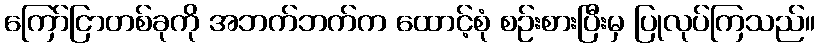
ကြော်ငြာတစ်ခုကို အဘက်ဘက်က ထောင့်စုံ စဉ်းစားပြီးမှ ပြုလုပ်ကြသည်။